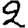
Digit: 2